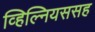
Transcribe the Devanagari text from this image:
व्हिल्नियससह